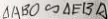
\Delta A B O \sim \Delta E B A